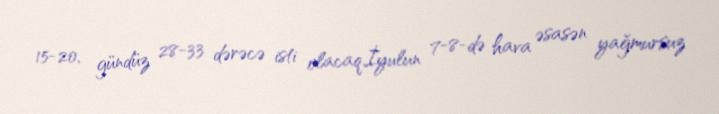
15-20, gündüz 28-33 dərəcə isti olacaq.İyulun 7-8-də hava əsasən yağmursuz